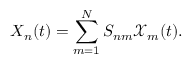
X _ { n } ( t ) = \sum _ { m = 1 } ^ { N } S _ { n m } \mathcal { X } _ { m } ( t ) .